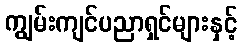
ကျွမ်းကျင်ပညာရှင်များနှင့်